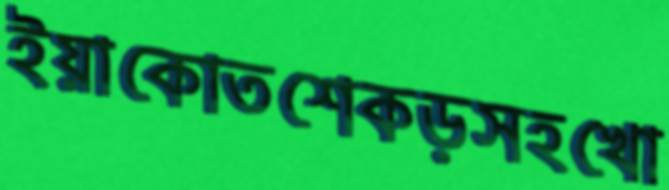
ইয়াকোতশেকড়সহখো